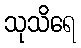
သုသိရေ